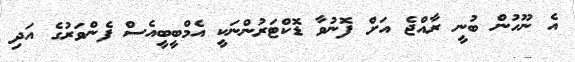
އެ ނޫހުން ބުނީ ރާއްޖެ އަށް ފޮނުވާ ޑޮކްޓަރުންނަކީ އެމްބީބީއެސް ފެންވަރުގެ އަދި